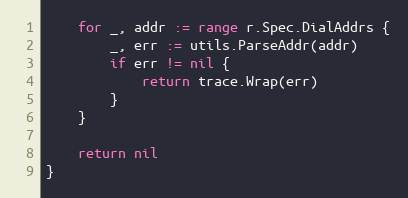
Language: Go
	for _, addr := range r.Spec.DialAddrs {
		_, err := utils.ParseAddr(addr)
		if err != nil {
			return trace.Wrap(err)
		}
	}

	return nil
}